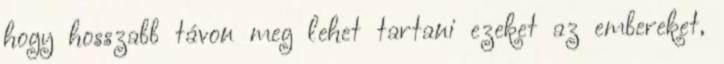
hogy hosszabb távon meg lehet tartani ezeket az embereket,